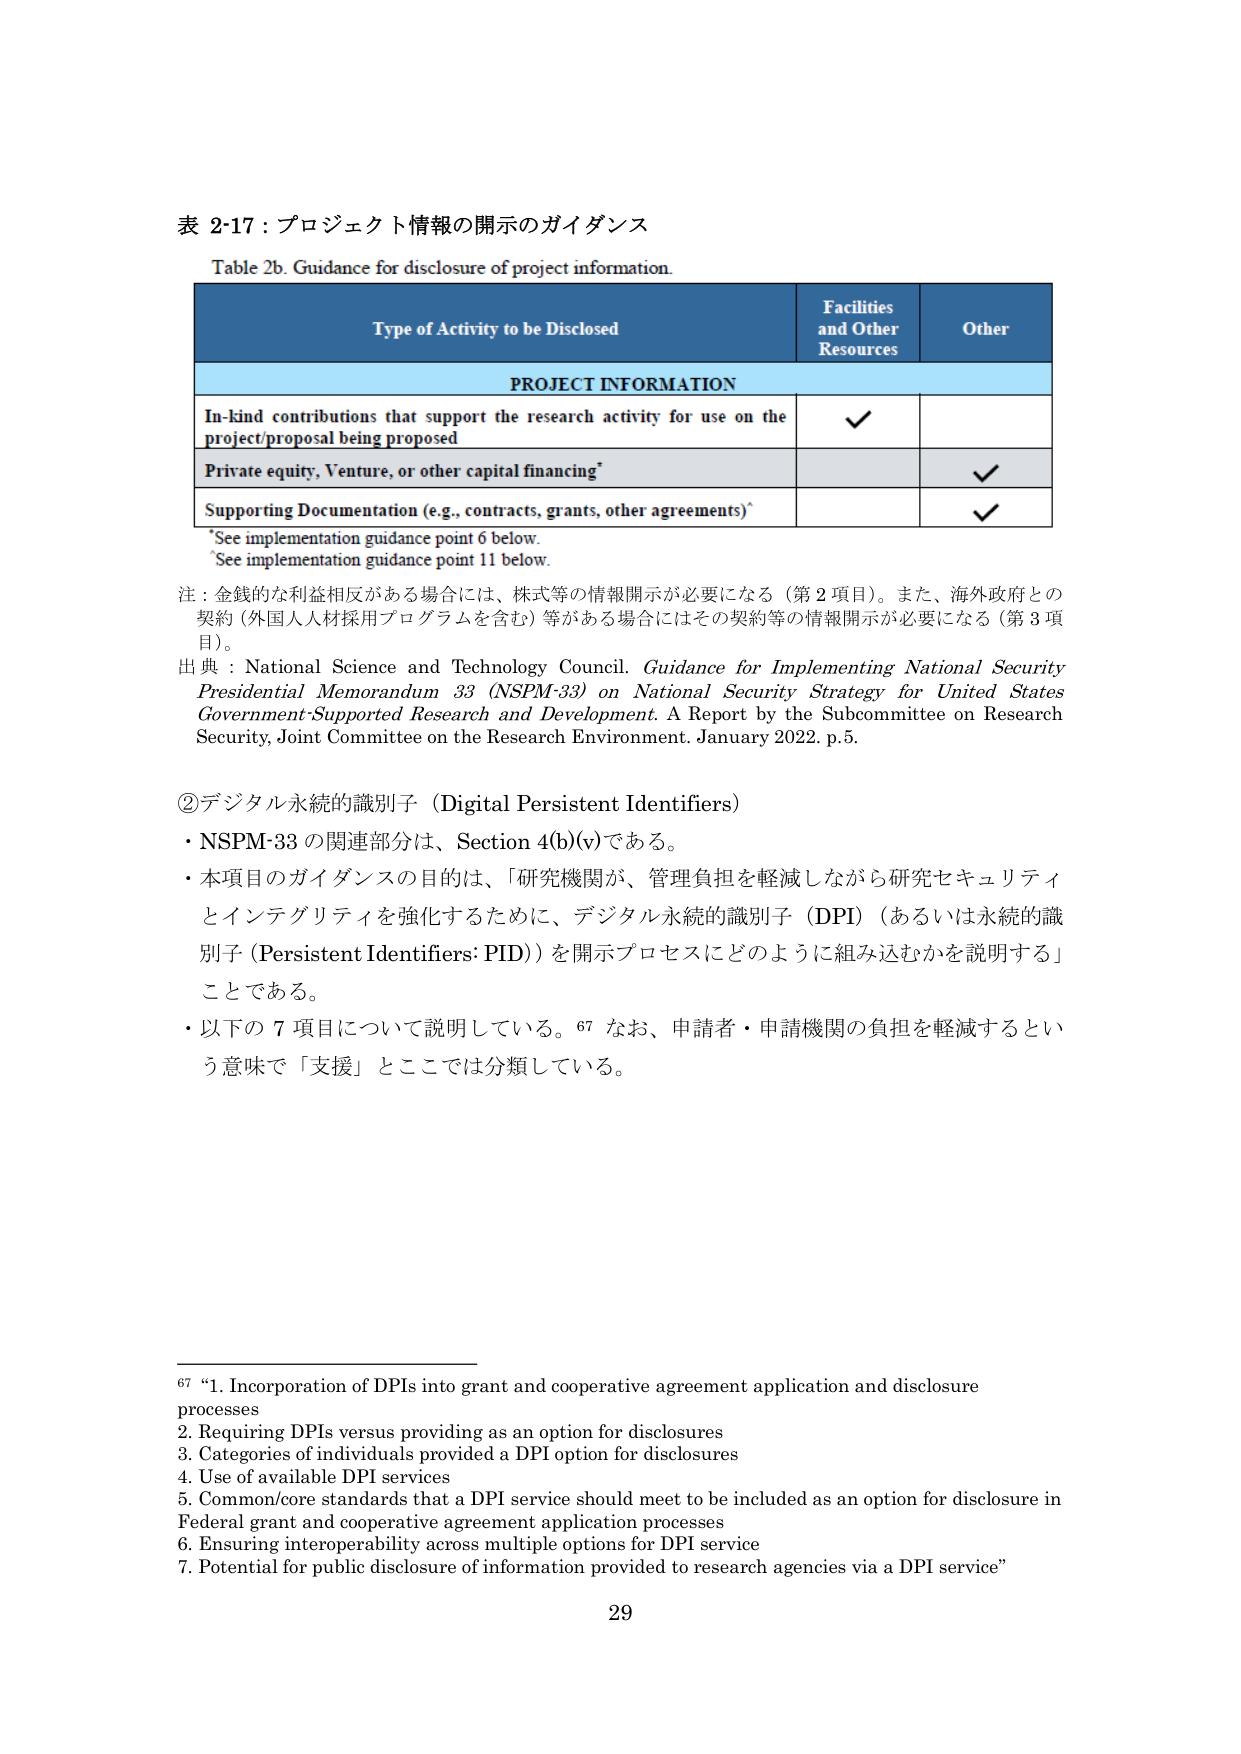
表 2-17：プロジェクト情報の開示のガイダンス
Table 2b. Guidance for disclosure of project information.

Type of Activity to be Disclosed | Facilities and Other Resources | Other
--- | --- | ---
PROJECT INFORMATION | |
In-kind contributions that support the research activity for use on the project/proposal being proposed | ✓ |
Private equity, Venture, or other capital financing* | | ✓
Supporting Documentation (e.g., contracts, grants, other agreements)* | | ✓

*See implementation guidance point 6 below.
*See implementation guidance point 11 below.

注：金銭的な利益相反がある場合には、株式等の情報開示が必要になる（第2項目）。また、海外政府との契約（外国人人材採用プログラムを含む）等がある場合にはその契約等の情報開示が必要になる（第3項目）。

出典：National Science and Technology Council. Guidance for Implementing National Security Presidential Memorandum 33 (NSPM-33) on National Security Strategy for United States Government-Supported Research and Development. A Report by the Subcommittee on Research Security, Joint Committee on the Research Environment. January 2022. p.5.

②デジタル永続的識別子（Digital Persistent Identifiers）
・NSPM-33 の関連部分は、Section 4(b)(v) である。
・本項目のガイダンスの目的は、「研究機関が、管理負担を軽減しながら研究セキュリティとインテグリティを強化するために、デジタル永続的識別子（DPI）（あるいは永続的識別子（Persistent Identifiers: PID））を開示プロセスにどのように組み込むかを説明する」ことである。
・以下の7項目について説明している。67 なお、申請者・申請機関の負担を軽減するという意味で「支援」とここでは分類している。

67 “1. Incorporation of DPIs into grant and cooperative agreement application and disclosure processes
2. Requiring DPIs versus providing as an option for disclosures
3. Categories of individuals provided a DPI option for disclosures
4. Use of available DPI services
5. Common/core standards that a DPI service should meet to be included as an option for disclosure in Federal grant and cooperative agreement application processes
6. Ensuring interoperability across multiple options for DPI service
7. Potential for public disclosure of information provided to research agencies via a DPI service”

29